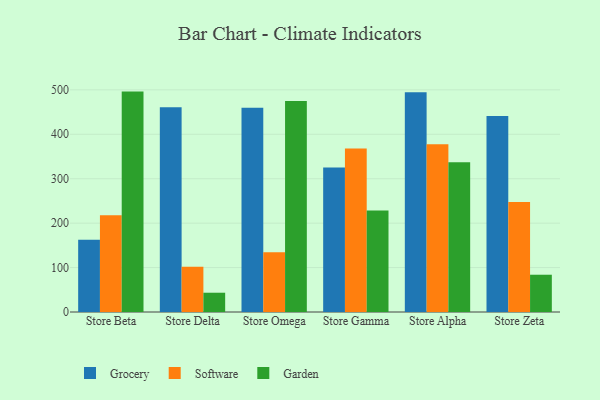
{"axis": {"x": "Store", "y": "Bounce Rate (%)"}, "legend": ["Garden", "Grocery", "Software"], "data": [{"x": "Store Beta", "y": 162.6, "type": "Grocery"}, {"x": "Store Beta", "y": 217.8, "type": "Software"}, {"x": "Store Beta", "y": 496.1, "type": "Garden"}, {"x": "Store Delta", "y": 460.9, "type": "Grocery"}, {"x": "Store Delta", "y": 101.6, "type": "Software"}, {"x": "Store Delta", "y": 43.4, "type": "Garden"}, {"x": "Store Omega", "y": 459.7, "type": "Grocery"}, {"x": "Store Omega", "y": 134.5, "type": "Software"}, {"x": "Store Omega", "y": 475.2, "type": "Garden"}, {"x": "Store Gamma", "y": 325.4, "type": "Grocery"}, {"x": "Store Gamma", "y": 368.1, "type": "Software"}, {"x": "Store Gamma", "y": 228.2, "type": "Garden"}, {"x": "Store Alpha", "y": 494.9, "type": "Grocery"}, {"x": "Store Alpha", "y": 377.7, "type": "Software"}, {"x": "Store Alpha", "y": 336.9, "type": "Garden"}, {"x": "Store Zeta", "y": 441.4, "type": "Grocery"}, {"x": "Store Zeta", "y": 247.8, "type": "Software"}, {"x": "Store Zeta", "y": 83.9, "type": "Garden"}]}